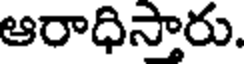
ఆరాధిస్తారు.